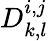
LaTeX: D_{k,l}^{i,j}